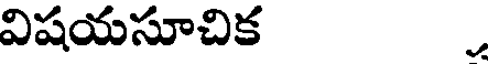
విషయసూచిక